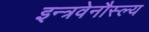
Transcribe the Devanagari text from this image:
इन्त्रवेनौस्ल्य